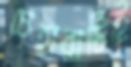
চেহারাটিই